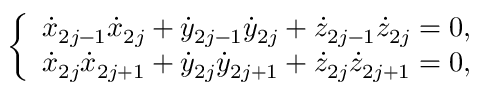
\left\{ \begin{array} { l l } { { \dot { x } } _ { 2 j - 1 } { \dot { x } } _ { 2 j } + { \dot { y } } _ { 2 j - 1 } { \dot { y } } _ { 2 j } + { \dot { z } } _ { 2 j - 1 } { \dot { z } } _ { 2 j } = 0 , } & { } \\ { { \dot { x } } _ { 2 j } { \dot { x } } _ { 2 j + 1 } + { \dot { y } } _ { 2 j } { \dot { y } } _ { 2 j + 1 } + { \dot { z } } _ { 2 j } { \dot { z } } _ { 2 j + 1 } = 0 , } \end{array} \right.